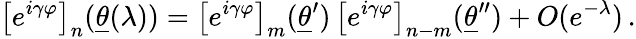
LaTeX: \left[e^{i\gamma\varphi}\right]_{n}(\underline{{{\theta}}}(\lambda))=\left[e^{i\gamma\varphi}\right]_{m}(\underline{{{\theta}}}^{\prime})\, \left[e^{i\gamma\varphi}\right]_{n-m}(\underline{{{\theta}}}^{\prime\prime})+O(e^{-\lambda})\, .